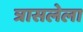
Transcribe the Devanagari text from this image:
त्रासलेला